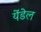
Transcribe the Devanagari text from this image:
येंडेल